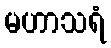
မဟာသရံ